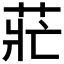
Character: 𰱄